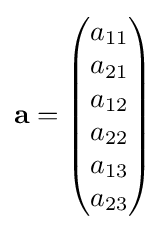
\mathbf {a} ={\begin{pmatrix}a_{11}\\a_{21}\\a_{12}\\a_{22}\\a_{13}\\a_{23}\end{pmatrix}}